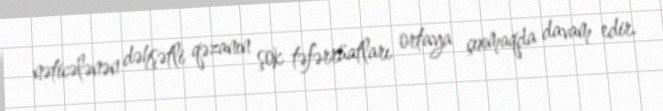
nəticələnən dəhşətli qəzanın şok təfərrüatları ortaya çıxmaqda davam edir.